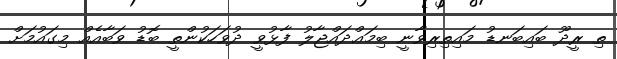
ތި ރީދޫ ބައިބަނޑު މައިތިރިވާނީ ބިމަޢްދައްޖާލު ފާޅުވީ ދުވަހަކުންތީ ބޮޑު ވަބާއެއް މިގައުމަށް